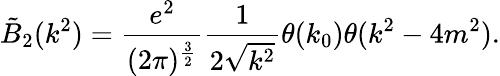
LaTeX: \tilde{B}_{2}(k^{2})=\frac{e^{2}}{(2\pi)^{\frac{3}{2}}}\frac{1}{2\sqrt{k^{2}}}\theta(k_{0})\theta(k^{2}-4m^{2}).